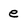
Character: e